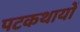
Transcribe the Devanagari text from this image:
पटकथायों